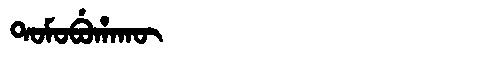
Manchu: ᡨᠣᠮᠣᠪᡠᡥᠠᡴᡡ
Romanization: TOMOBUHAKŪ